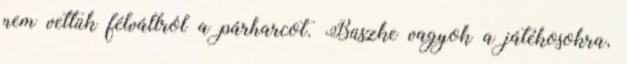
nem vettük félvállról a párharcot. Büszke vagyok a játékosokra,